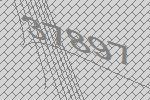
37897